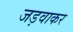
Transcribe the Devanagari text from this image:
जड़वाकर